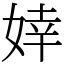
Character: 婞